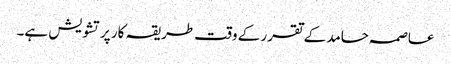
عاصمہ حامد کے تقرر کے وقت طریقہ کار پرتشویش ہے۔